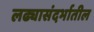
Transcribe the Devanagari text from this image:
लढ्यासंदर्भातील